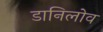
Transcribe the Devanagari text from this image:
डानिलोव